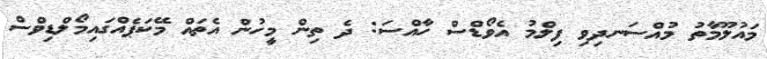
މައުލޫމާތު މުއްސަނދިވި ފިލްމު އެވޯޑްސް ހާއްސަ: ދެ ތިން މީހުން އެތައް މޭކަޕެއްގައިމޯލްޑިވްސް